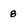
Character: 8